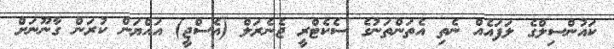
ކައުންސިލްގެ ލަފައެއް ނެތި އެތަންތަނުގެ ސެކެޓްރީ ޖެނެރަލް (އެސްޖީ) އައްޔަން ކުރަން ގާނޫނަށް